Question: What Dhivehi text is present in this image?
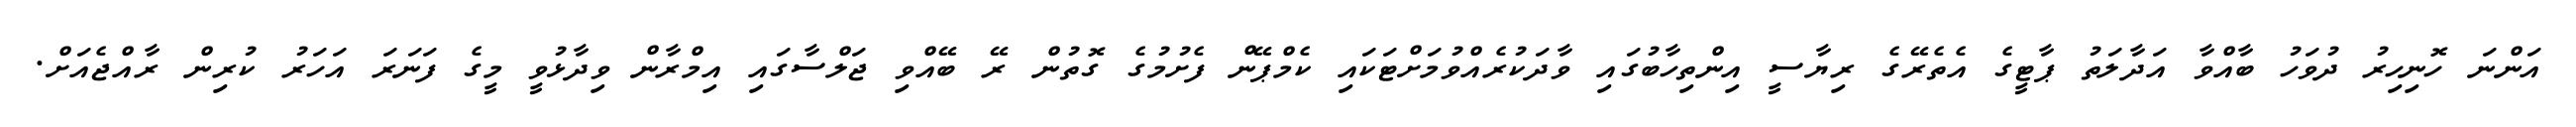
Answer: އަންނަ ހޮނިހިރު ދުވަހު ބާއްވާ އަދާލަތު ޕާޓީގެ އެތެރޭގެ ރިޔާސީ އިންތިހާބުގައި ވާދަކުރެއްވުމަށްޓަކައި ކެމްޕޭން ފެށުމުގެ ގޮތުން ރޭ ބޭއްވި ޖަލްސާގައި އިމްރާން ވިދާޅުވީ މީގެ ފަނަރަ އަހަރު ކުރިން ރާއްޖެއަށް.